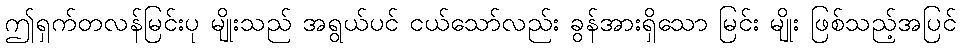
ဤရှက်တလန်မြင်းပု မျိုးသည် အရွယ်ပင် ငယ်သော်လည်း ခွန်အားရှိသော မြင်း မျိုး ဖြစ်သည့်အပြင်